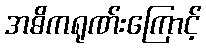
အဓိကရုဏ်းကြောင့်